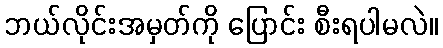
ဘယ်လိုင်းအမှတ်ကို ပြောင်း စီးရပါမလဲ။